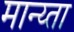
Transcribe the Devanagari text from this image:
मान्य्ता